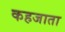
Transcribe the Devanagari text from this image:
कहजाता